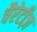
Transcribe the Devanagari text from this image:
चैरेटीज़